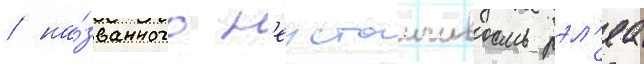
/ на́званного н'еустоичивость рэл'еа